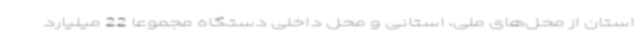
استان از محل‌های ملی، استانی و محل داخلی دستگاه مجموعاً 22 میلیارد